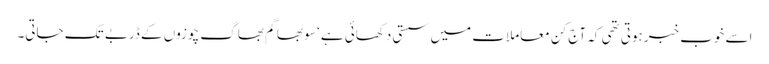
اسے خوب خبرہوتی تھی کہ آج کن معاملات میں سستی دکھائی ہے ‘ سو بھاگم بھاگ چوزوں کے ڈربے تک جاتی۔